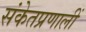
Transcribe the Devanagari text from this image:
संकेतप्रणालीं